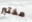
مختبر